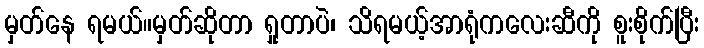
မှတ်နေ ရမယ်။မှတ်ဆိုတာ ရှုတာပဲ၊ သိရမယ့်အာရုံကလေးဆီကို စူးစိုက်ပြီး